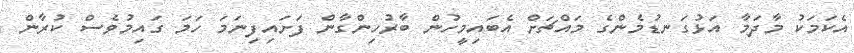
އެކަމަކު މާދަމާ އަޅުގަނޑުމެންގެ މައްޗަށް އެބައިމީހުން ބާރުހިންގާން ފަށައިފިނަމަ ހަމަ ގައިމުވެސް ކުރާން